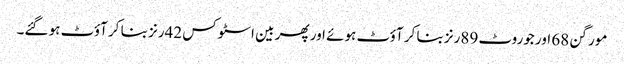
مورگن 68 اور جوروٹ 89رنز بنا کر آؤٹ ہوئے اور پھر بین اسٹوکس 42رنز بنا کر آؤٹ ہو گئے۔